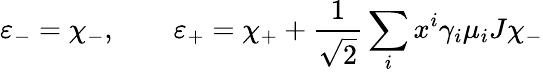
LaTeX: \varepsilon_{-}=\chi_{-},\qquad\varepsilon_{+}=\chi_{+}+\frac{1}{\sqrt 2}\sum_{i}x^{i}\gamma_{i}\mu_{i}J\chi_{-}